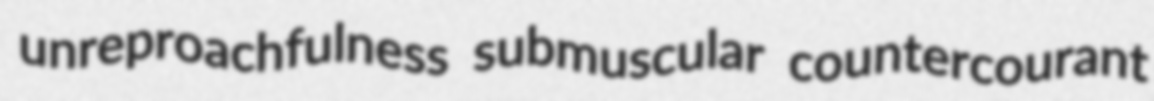
unreproachfulness submuscular countercourant